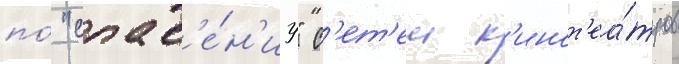
по́ "спас'е́н'иу" с'ет'еи к'инот'еа́тров